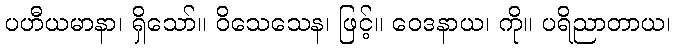
ပဟီယမာနာ၊ ရှိသော်။ ဝိသေသေန၊ ဖြင့်။ ဝေဒနာယ၊ ကို။ ပရိညာတာယ၊